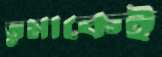
তুমাকেই